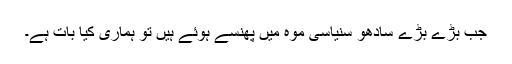
جب بڑے بڑے سادھو سنیاسی موہ میں پھنسے ہوئے ہیں تو ہماری کیا بات ہے۔